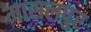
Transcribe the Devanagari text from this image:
मासलपुर